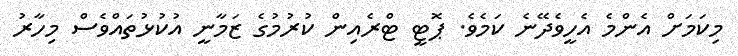
މިކަމަށް އެންމެ އެހީވެދޭނެ ކަމެވެ. ޕޮޓީ ޓްރެއިން ކުރުމުގެ ޒަމާނީ އުކުޅުތައްވެސް މިހާރު